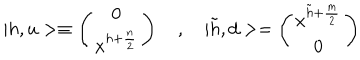
| h , u > \equiv \left( \begin{array} { c } { { 0 } } \\ { { x ^ { h + { \frac { n } { 2 } } } } } \\ \end{array} \right) \quad , \quad | \tilde { h } , d > = \left( \begin{array} { c } { { x ^ { \tilde { h } + { \frac { m } { 2 } } } } } \\ { { 0 } } \\ \end{array} \right)